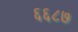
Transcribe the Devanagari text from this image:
६६८७